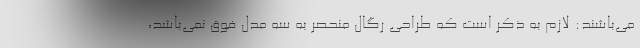
می‌باشند: لازم به ذکر است که طراحی رگال منحصر به سه مدل فوق نمی‌باشد،